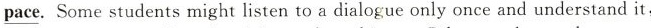
\underline{pace}. Some students might listen to a dialogue only once and understand it,